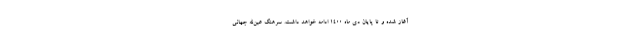
آغاز شده و تا پایان دی ماه ۱۴۰۰ ادامه خواهد داشت. سرهنگ عین‌الله جهانی